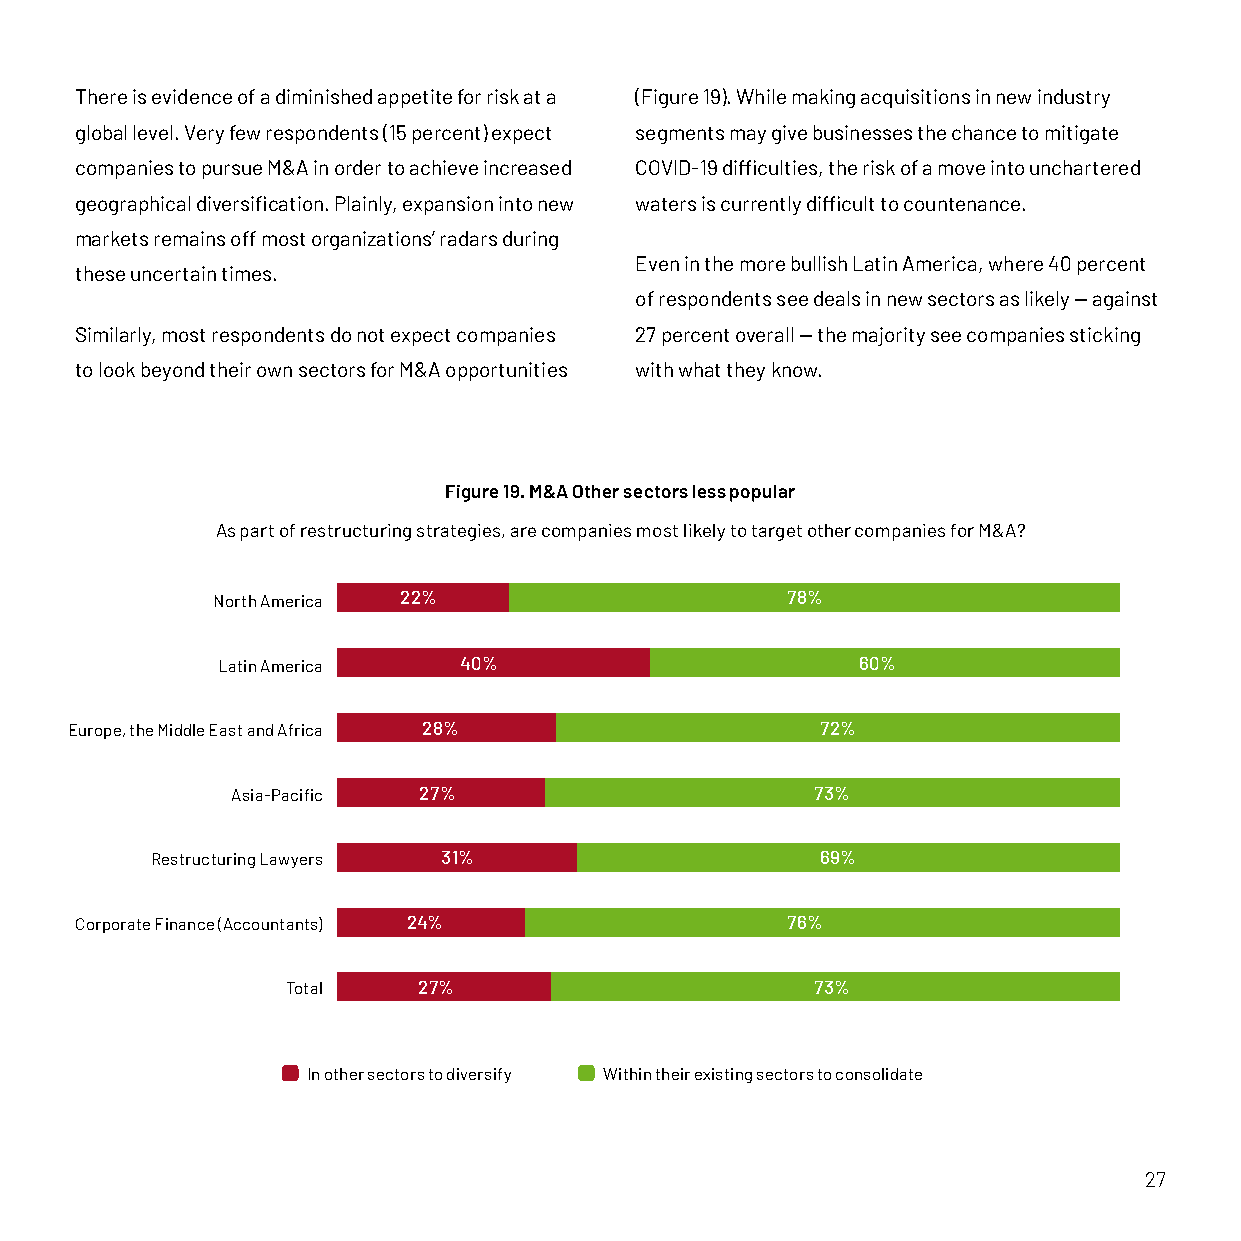
There is evidence of a diminished appetite for risk at a (Figure 19). While making acquisitions in new industry
 global level. Very few respondents (15 percent) expect segments may give businesses the chance to mitigate
 companies to pursue M&A in order to achieve increased COVID-19 difficulties, the risk of a move into unchartered
 geographical diversification. Plainly, expansion into new waters is currently difficult to countenance.
 markets remains off most organizations’ radars during
 Even in the more bullish Latin America, where 40 percent
 these uncertain times.
 of respondents see deals in new sectors as likely — against
 Similarly, most respondents do not expect companies 27 percent overall — the majority see companies sticking
 to look beyond their own sectors for M&A opportunities with what they know.
 Figure 19. M&A Other sectors less popular
 As part of restructuring strategies, are companies most likely to target other companies for M&A?
 North America 22%                     78%
 Latin America   40%                        60%
 Europe, the Middle East and Africa 28%            72%
 Asia-Pacific 27%                       73%
 Restructuring Lawyers 31%                   69%
 Corporate Finance (Accountants) 24%            76%
 Total    27%                       73%
 In other sectors to diversify Within their existing sectors to consolidate
 27